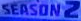
SEASON2